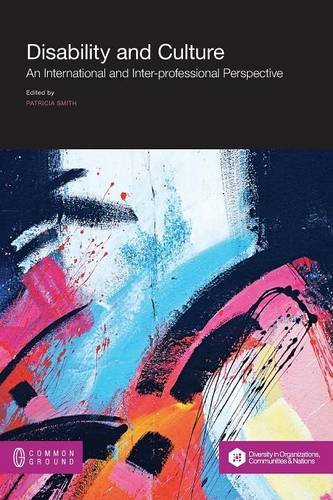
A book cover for Disability and Culture: An International and Inter-professional Perspective (Diversity in Organizations, Communities & Nations Book); Law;